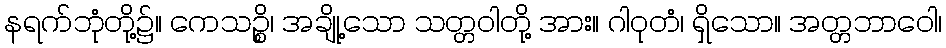
နရက်ဘုံတို့၌။ ကေသဉ္စိ၊ အချို့သော သတ္တဝါတို့ အား။ ဂါဝုတံ၊ ရှိသော။ အတ္တဘာဝေါ၊